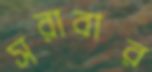
সরাবার